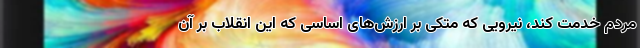
مردم خدمت کند، نیرویی که متکی بر ارزش‌های اساسی که این انقلاب بر آن